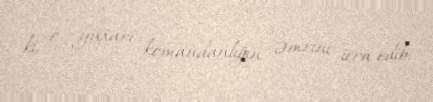
ki, o, yuxarı komandanlığın əmrini icra edib.